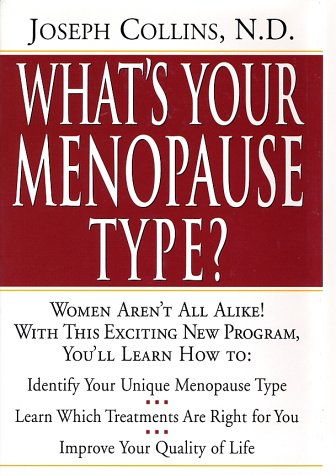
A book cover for What's Your Menopause Type? The Revolutionary Program to Restore Balance and reduce Discomforts of Menopause; Joseph Collins; Health, Fitness & Dieting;